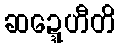
ဆဍ္ဍေဟီတိ